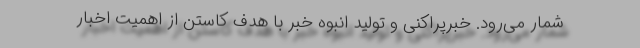
شمار می‌رود. خبرپراکنی و تولید انبوه خبر با هدف کاستن از اهمیت اخبار